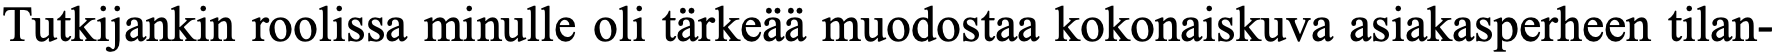
Tutkijankin roolissa minulle oli tärkeää muodostaa kokonaiskuva asiakasperheen tilan-